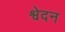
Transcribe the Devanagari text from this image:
श्वेदन